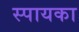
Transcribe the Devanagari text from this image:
स्पायका